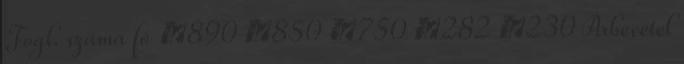
Fogl. száma fő ▪890 ▪850 ▪750 ▪282 ▪230 Árbevétel